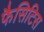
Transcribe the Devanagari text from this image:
फैसिटिस